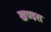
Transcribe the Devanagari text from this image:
खण्डश